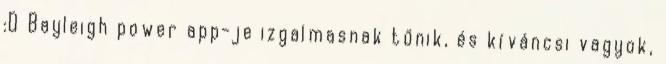
:D Bayleigh power app-je izgalmasnak tűnik, és kíváncsi vagyok,